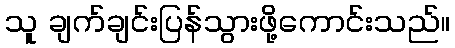
သူ ချက်ချင်းပြန်သွားဖို့ကောင်းသည်။